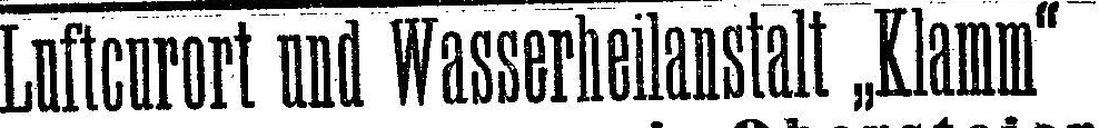
Luftcurort und Wasserheilanstalt „Klamm“